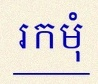
រកមុំ